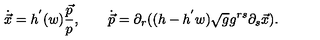
\dot { \vec { x } } = h ^ { ' } ( w ) \frac { \vec { p } } { p } , \qquad \dot { \vec { p } } = \partial _ { r } ( ( h - h ^ { ' } w ) \sqrt { g } g ^ { r s } \partial _ { s } \vec { x } ) .